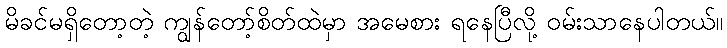
မိခင်မရှိတော့တဲ့ ကျွန်တော့်စိတ်ထဲမှာ အမေစား ရနေပြီလို့ ဝမ်းသာနေပါတယ်။